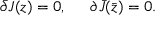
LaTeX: \bar { \partial } { J ( z ) } = 0 , \, \, \, \, \, \, \, \, \, { \partial } { \bar { J } ( \bar { z } ) } = 0 .